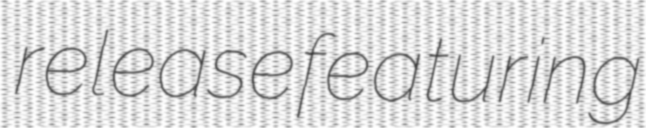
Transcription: release featuring